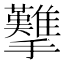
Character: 𢺋